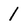
Character: 1